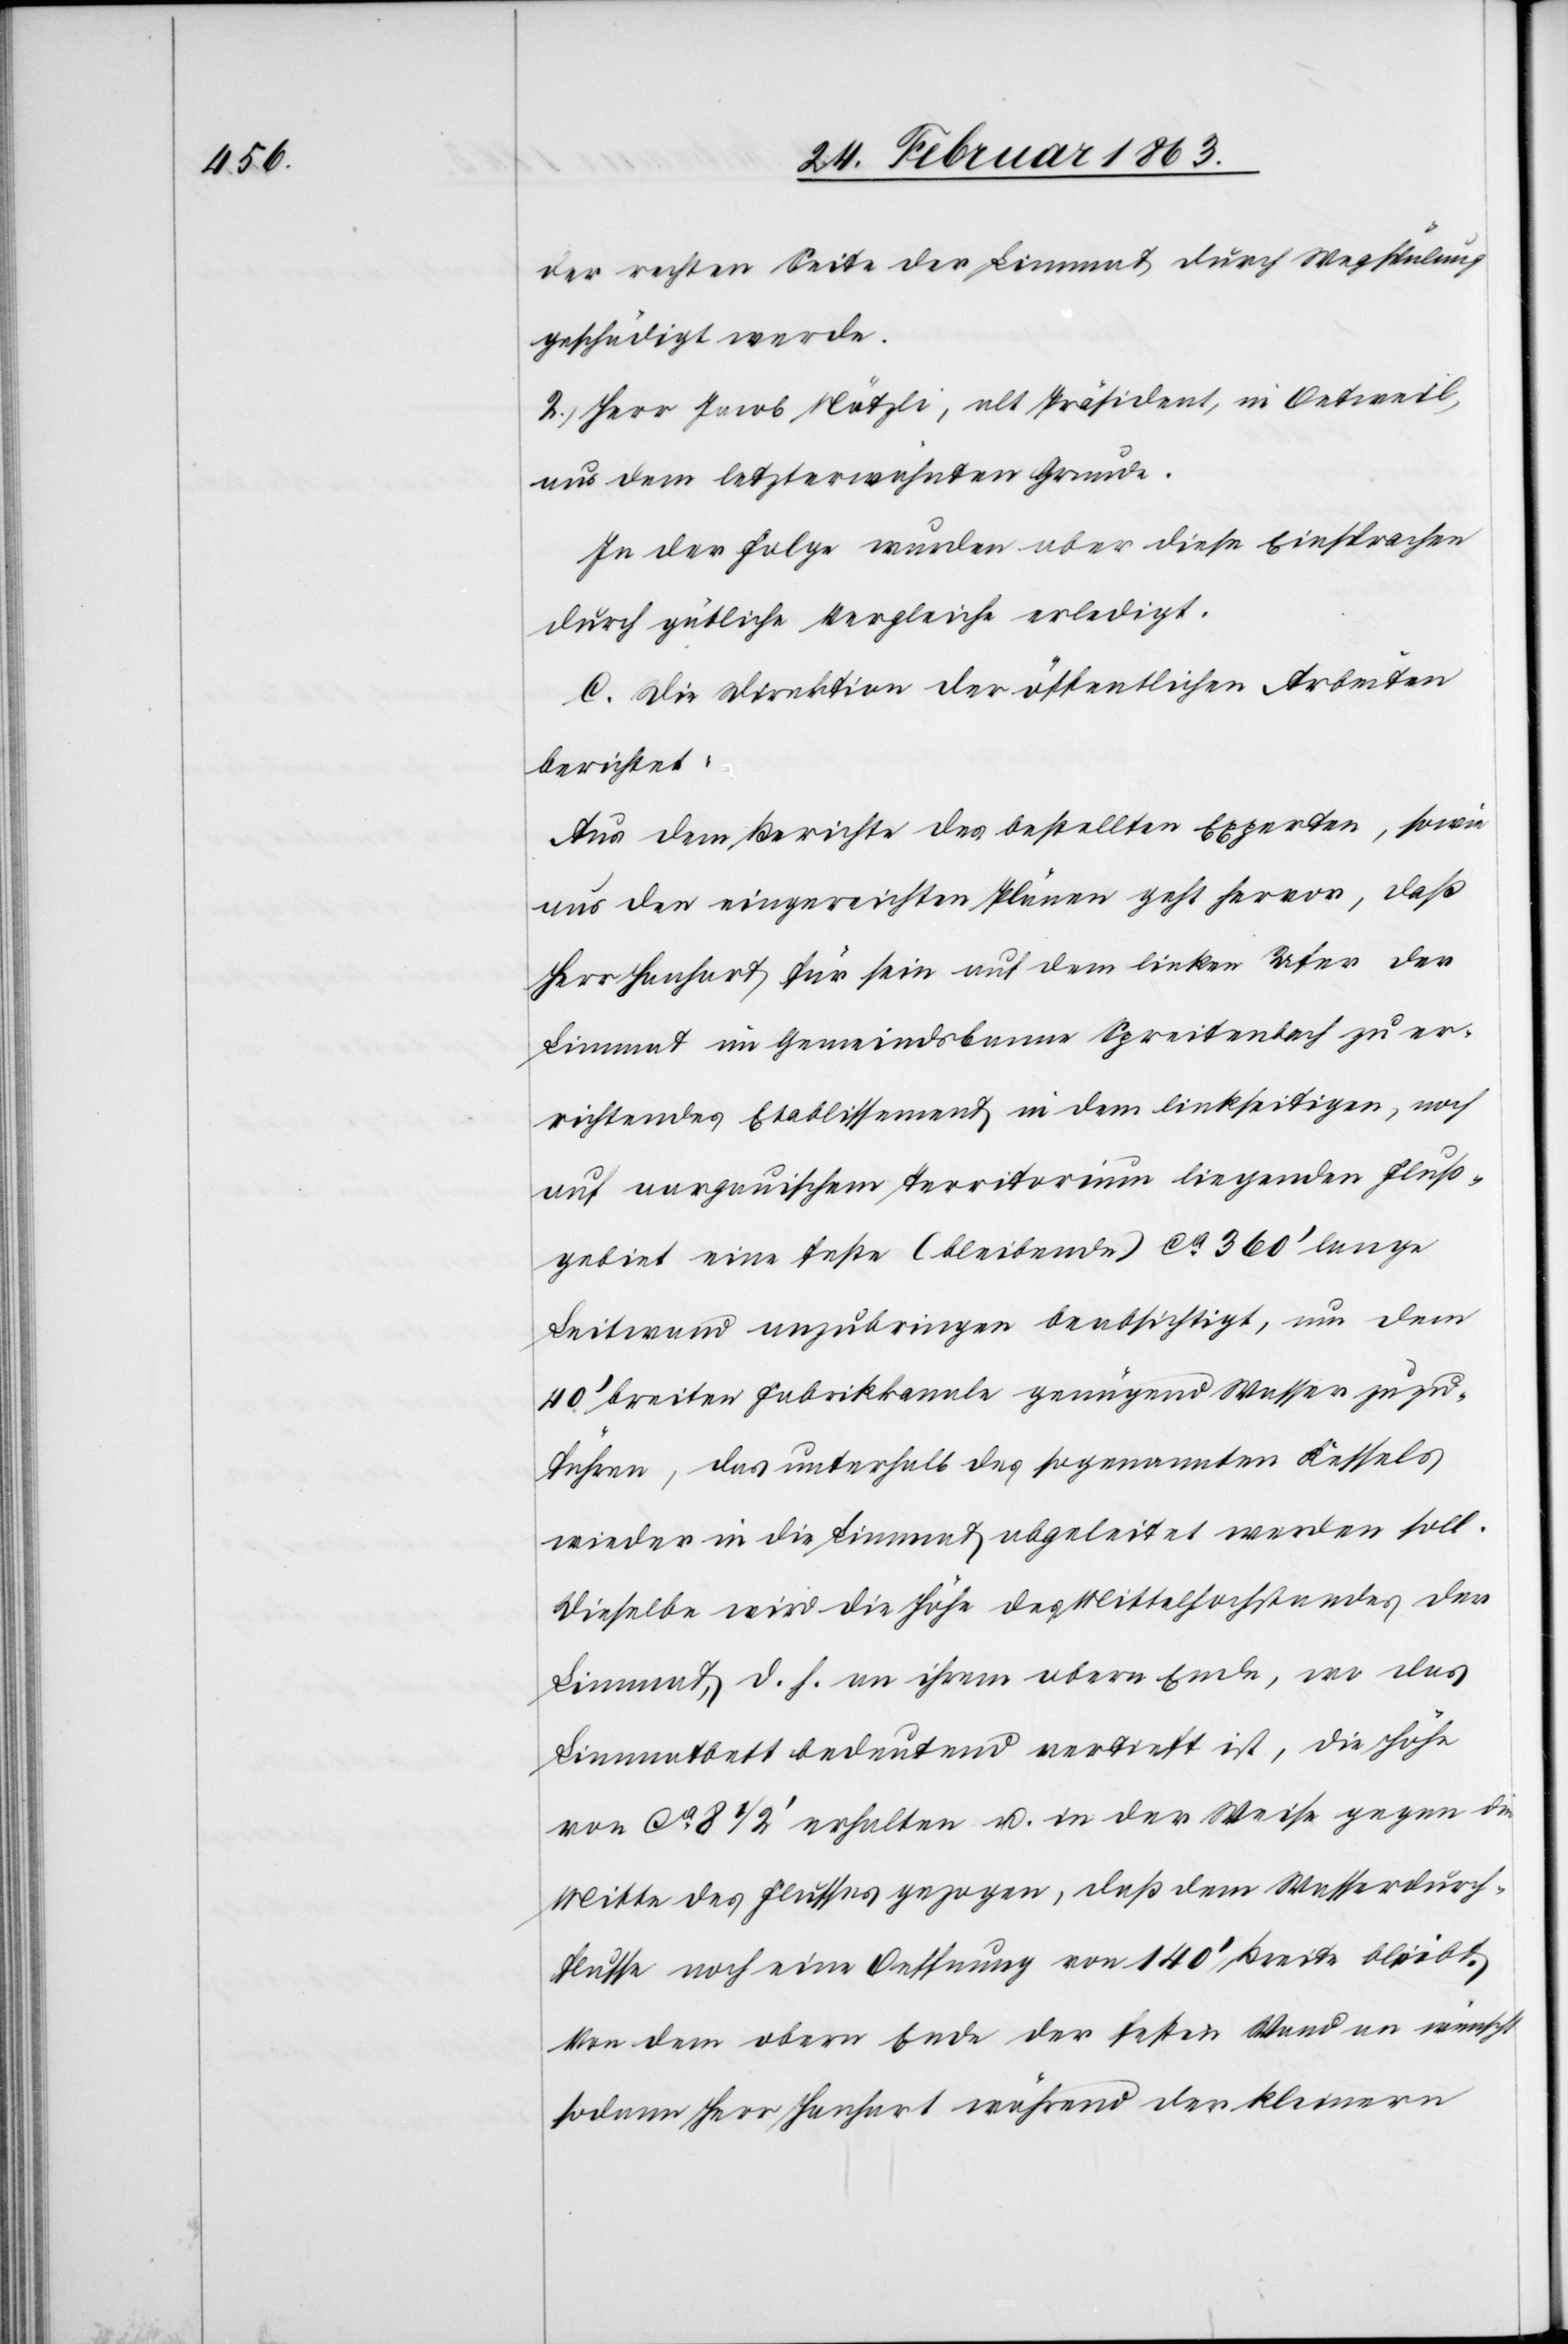
der rechten Seite der Limmat durch Wegspülung
geschädigt werde.
2.) Herr Jacob Nötzli, alt Präsident, in Oetweil,
aus dem letzterwähnten Grunde.
In der Folge wurden aber diese Einsprachen
durch gütliche Vergleiche erledigt.
C. Die Direktion der öffentlichen Arbeiten
berichtet:
Aus dem Berichte des bestellten Experten, sowie
aus den eingereichten Plänen geht hervor, daß
Herr Hanhart für sein auf dem linken Ufer der
Limmat im Gemeindsbanne Spreitenbach zu er¬
richtendes Etablissement in dem linkseitigen, noch
auf aargauischem Territorium liegenden Fluß¬
gebiet eine feste (bleibende) ca 360' lange
Leitwand anzubringen beabsichtigt, um dem
40' breiten Fabrikkanale genügend Wasser zuzu¬
führen, das unterhalb des sogenannten Kessels
wieder in die Limmat abgeleitet werden soll.
Dieselbe wird die Höhe des Mittelhochstandes der
Limmat, d. h. an ihrem obern Ende, wo das
Limmatbett bedeutend vertieft ist, die Höhe
von ca 8 1/2' erhalten u. in der Weise gegen die
Mitte des Flusses gezogen, daß dem Wasserdurch¬
flusse noch eine Oeffnung von 140' Breite bleibt.
Von dem obern Ende der festen Wand an wünscht
sodann Herr Hanhart während der kleinern